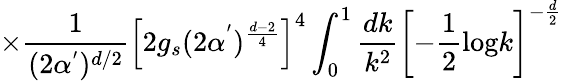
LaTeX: \times\frac{1}{(2\alpha^{'})^{d/2}}\left[2g_{s}(2\alpha^{'})^{\frac{d-2}{4}}\right]^{4}\int_{0}^{1}\frac{dk}{k^{2}}\left[-\frac{1}{2}\mathrm{log}k\right]^{-\frac{d}{2}}